Lunatic asylums Madras 1892-1911 - 1892-1911
Year: 1892
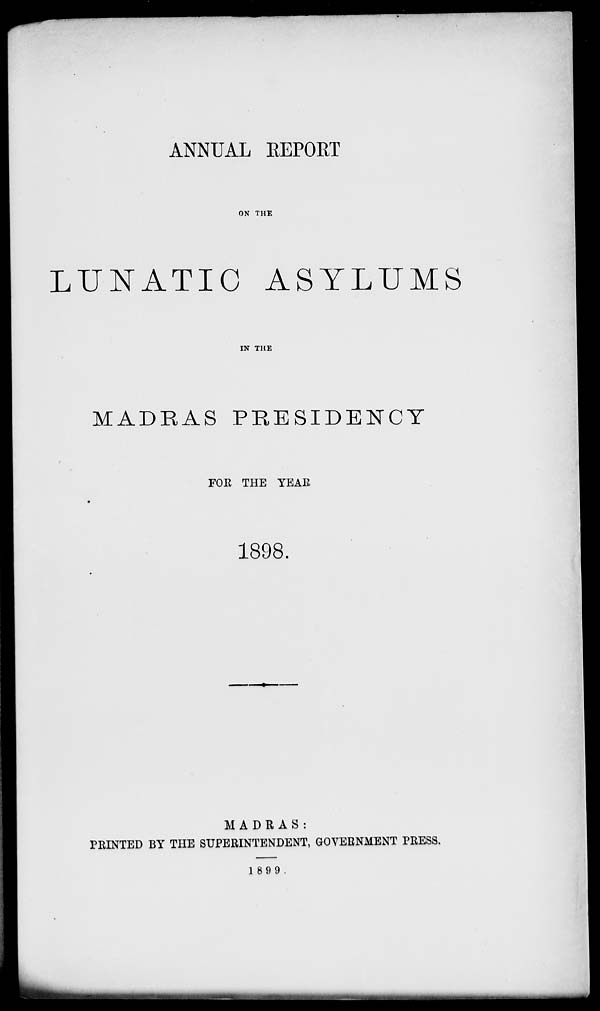
ANNUAL EEPORT
ON THE
LUNATIC ASYLUMS
IN THE
MADRAS PRESIDENCY
FOR THE YEAR
1898.
MADRAS:
PRINTED BY THE SUPERINTENDENT, GOVERNMENT PRESS.
1899